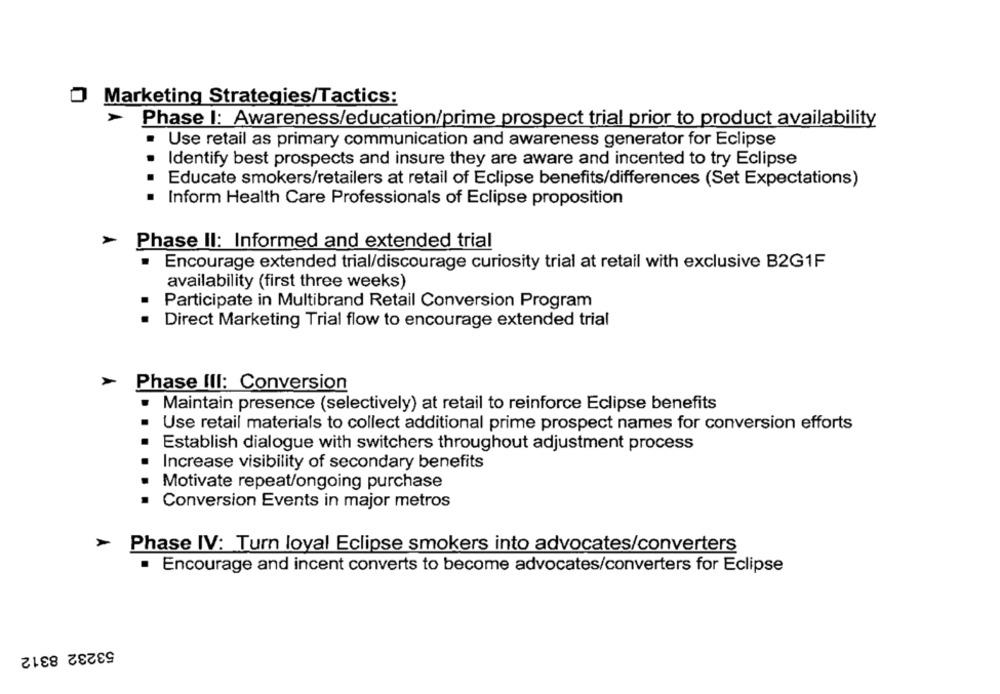
O Marketing Strategies/Tactics:
Phase I: Awareness/education/prime prospect trial prior to product availability
· Use retail as primary communication and awareness generator for Eclipse
Identify best prospects and insure they are aware and incented to try Eclipse
Educate smokers/retailers at retail of Eclipse benefits/differences (Set Expectations)
Inform Health Care Professionals of Eclipse proposition
Phase II: Informed and extended trial
Encourage extended trial/discourage curiosity trial at retail with exclusive B2G1F
availability (first three weeks)
Participate in Multibrand Retail Conversion Program
Direct Marketing Trial flow to encourage extended trial
Phase III: Conversion
· Maintain presence (selectively) at retail to reinforce Eclipse benefits
Use retail materials to collect additional prime prospect names for conversion efforts
Establish dialogue with switchers throughout adjustment process
Increase visibility of secondary benefits
Motivate repeat/ongoing purchase
Conversion Events in major metros
Phase IV: Turn loyal Eclipse smokers into advocates/converters
Encourage and incent converts to become advocates/converters for Eclipse
53232 8312